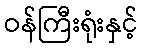
ဝန်ကြီးရုံးနှင့်